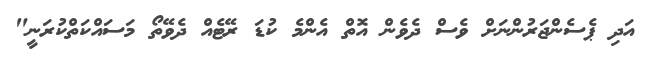
އަދި ޕެސެންޖަރުންނަށް ވެސް ދެވެން އޮތް އެންމެ ކުޑަ ރޭޓެއް ދެވޭތޯ މަސައްކަތްކުރަނީ"